Civil Veterinary Dept. Bombay admin report 1907-1913 - 1907-1913
Year: 1907
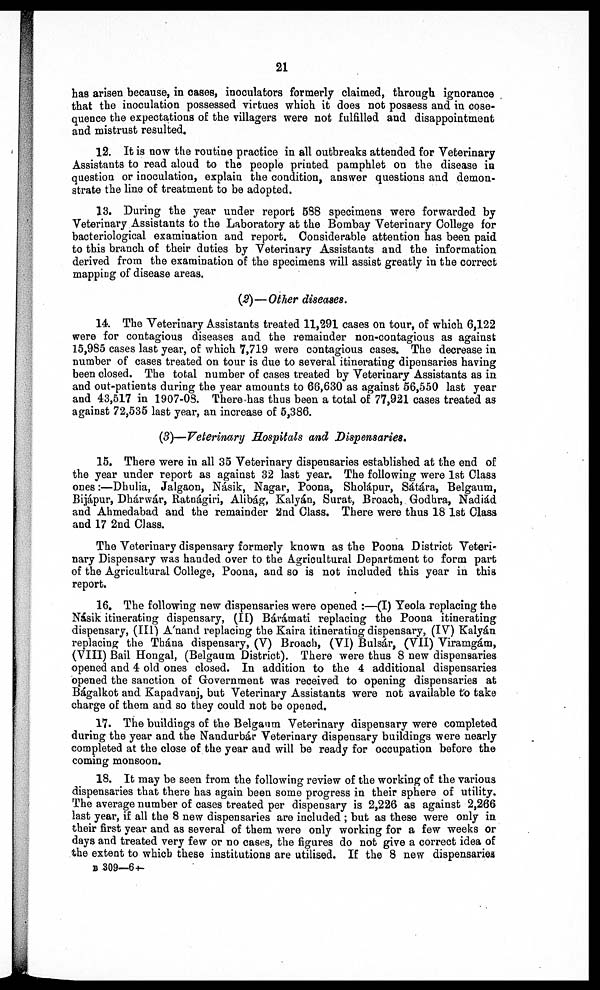
21
has arisen because, in oases, inoculators formerly claimed, through ignorance
that the inoculation possessed virtues which it does not possess and in cose-
quence the expectations of the villagers were not fulfilled and disappointment
and mistrust resulted.
12. It is now the routine practice in all outbreaks attended for Veterinary
Assistants to read aloud to the people printed pamphlet on the disease in
question or inoculation, explain the condition, answer questions and demon-
strate the line of treatment to be adopted.
13. During the year under report 588 specimens were forwarded by
Veterinary Assistants to the Laboratory at the Bombay Veterinary College for
bacteriological examination and report. Considerable attention has been paid
to this branch of their duties by Veterinary Assistants and the information
derived from the examination of the specimens will assist greatly in the correct
mapping of disease areas.
(2)—Other diseases.
14 The Veterinary Assistants treated 11,291 cases on tour, of which 6,122
were for contagious diseases and the remainder non-contagious as against
15,985 cases last year, of which 7,719 were contagious cases. The decrease in
number of cases treated on tour is due to several itinerating dipensaries having
been closed. The total number of cases treated by Veterinary Assistants as in
and out-patients during the year amounts to 68,630 as against 56,550 last year
and 43,517 in 1907-08. There has thus been a total of 77,921 cases treated as
against 72,535 last year, an increase of 5,386.
(3)—Veterinary Hospitals and Dispensaries
15. There were in all 35 Veterinary dispensaries established at the end of
the year under report as against 32 last year. The following were 1st Class
ones:—Dhulia, Jalgaon, Násik, Nagar, Poona, Sholápur, Sátára, Belgaum,
Bijápur, Dhárwár, Ratnágiri, Alibág, Kalyán, Surat, Broach, Godhra, Nadiád
and Ahmedabad and the remainder 2nd Class. There were thus 18 1st Class
and 17 2nd Class.
The Veterinary dispensary formerly known as the Poona District Veteri
nary Dispensary was handed over to the Agricultural Department to form part
of the Agricultural College, Poona, and so is not included this year in this
report.
16. The following new dispensaries were opened :—(I) Yeola replacing the
Násik itinerating dispensary, (II) Bárámati replacing the Poona itinerating
dispensary, (III) A'nand replacing the Kaira itinerating dispensary, (IV) Kalyán
replacing the Thána dispensary, (V) Broach, (VI) Bulsár, (VII) Viramgám,
(VIII) Bail Hongal, (Belgaum District). There were thus 8 new dispensaries
opened and 4 old ones closed. In addition to the 4 additional dispensaries
opened the sanction of Government was received to opening dispensaries at
Bágalkot and Kapadvanj, but Veterinary Assistants were not available to take
charge of them and so they could not be opened.
17. The buildings of the Belgaum Veterinary dispensary were completed
during the year and the Nandurbár Veterinary dispensary buildings were nearly
completed at the close of the year and will be ready for occupation before the
coming monsoon.
18. It may be seen from the following review of the working of the various
dispensaries that there has again been some progress in their sphere of utility.
The average number of cases treated per dispensary is 2,226 as against 2,266
last year, if all the 8 new dispensaries are included ; but as these were only in
their first year and as several of them were only working for a few weeks or
days and treated very few or no cases, the figures do not give a correct idea of
the extent to which these institutions are utilised. If the 8 new dispensaries
B 309—64-